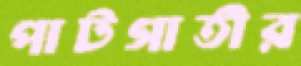
পাটগাতীর